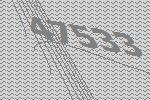
47533